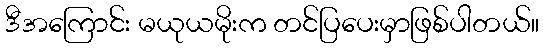
ဒီအကြောင်း မယုယမိုးက တင်ပြပေးမှာဖြစ်ပါတယ်။